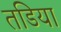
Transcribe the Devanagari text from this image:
तडिया